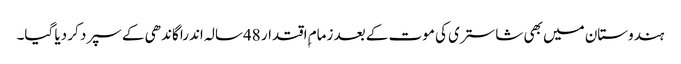
ہندوستان میں بھی شاستری کی موت کے بعد زمام ِاقتدار 48سالہ اندرا گاندھی کے سپرد کر دیا گیا۔